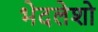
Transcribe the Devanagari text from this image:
भेदलेशो